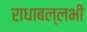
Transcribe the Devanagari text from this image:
राधाबल्लभी